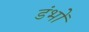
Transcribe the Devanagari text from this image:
डंभों